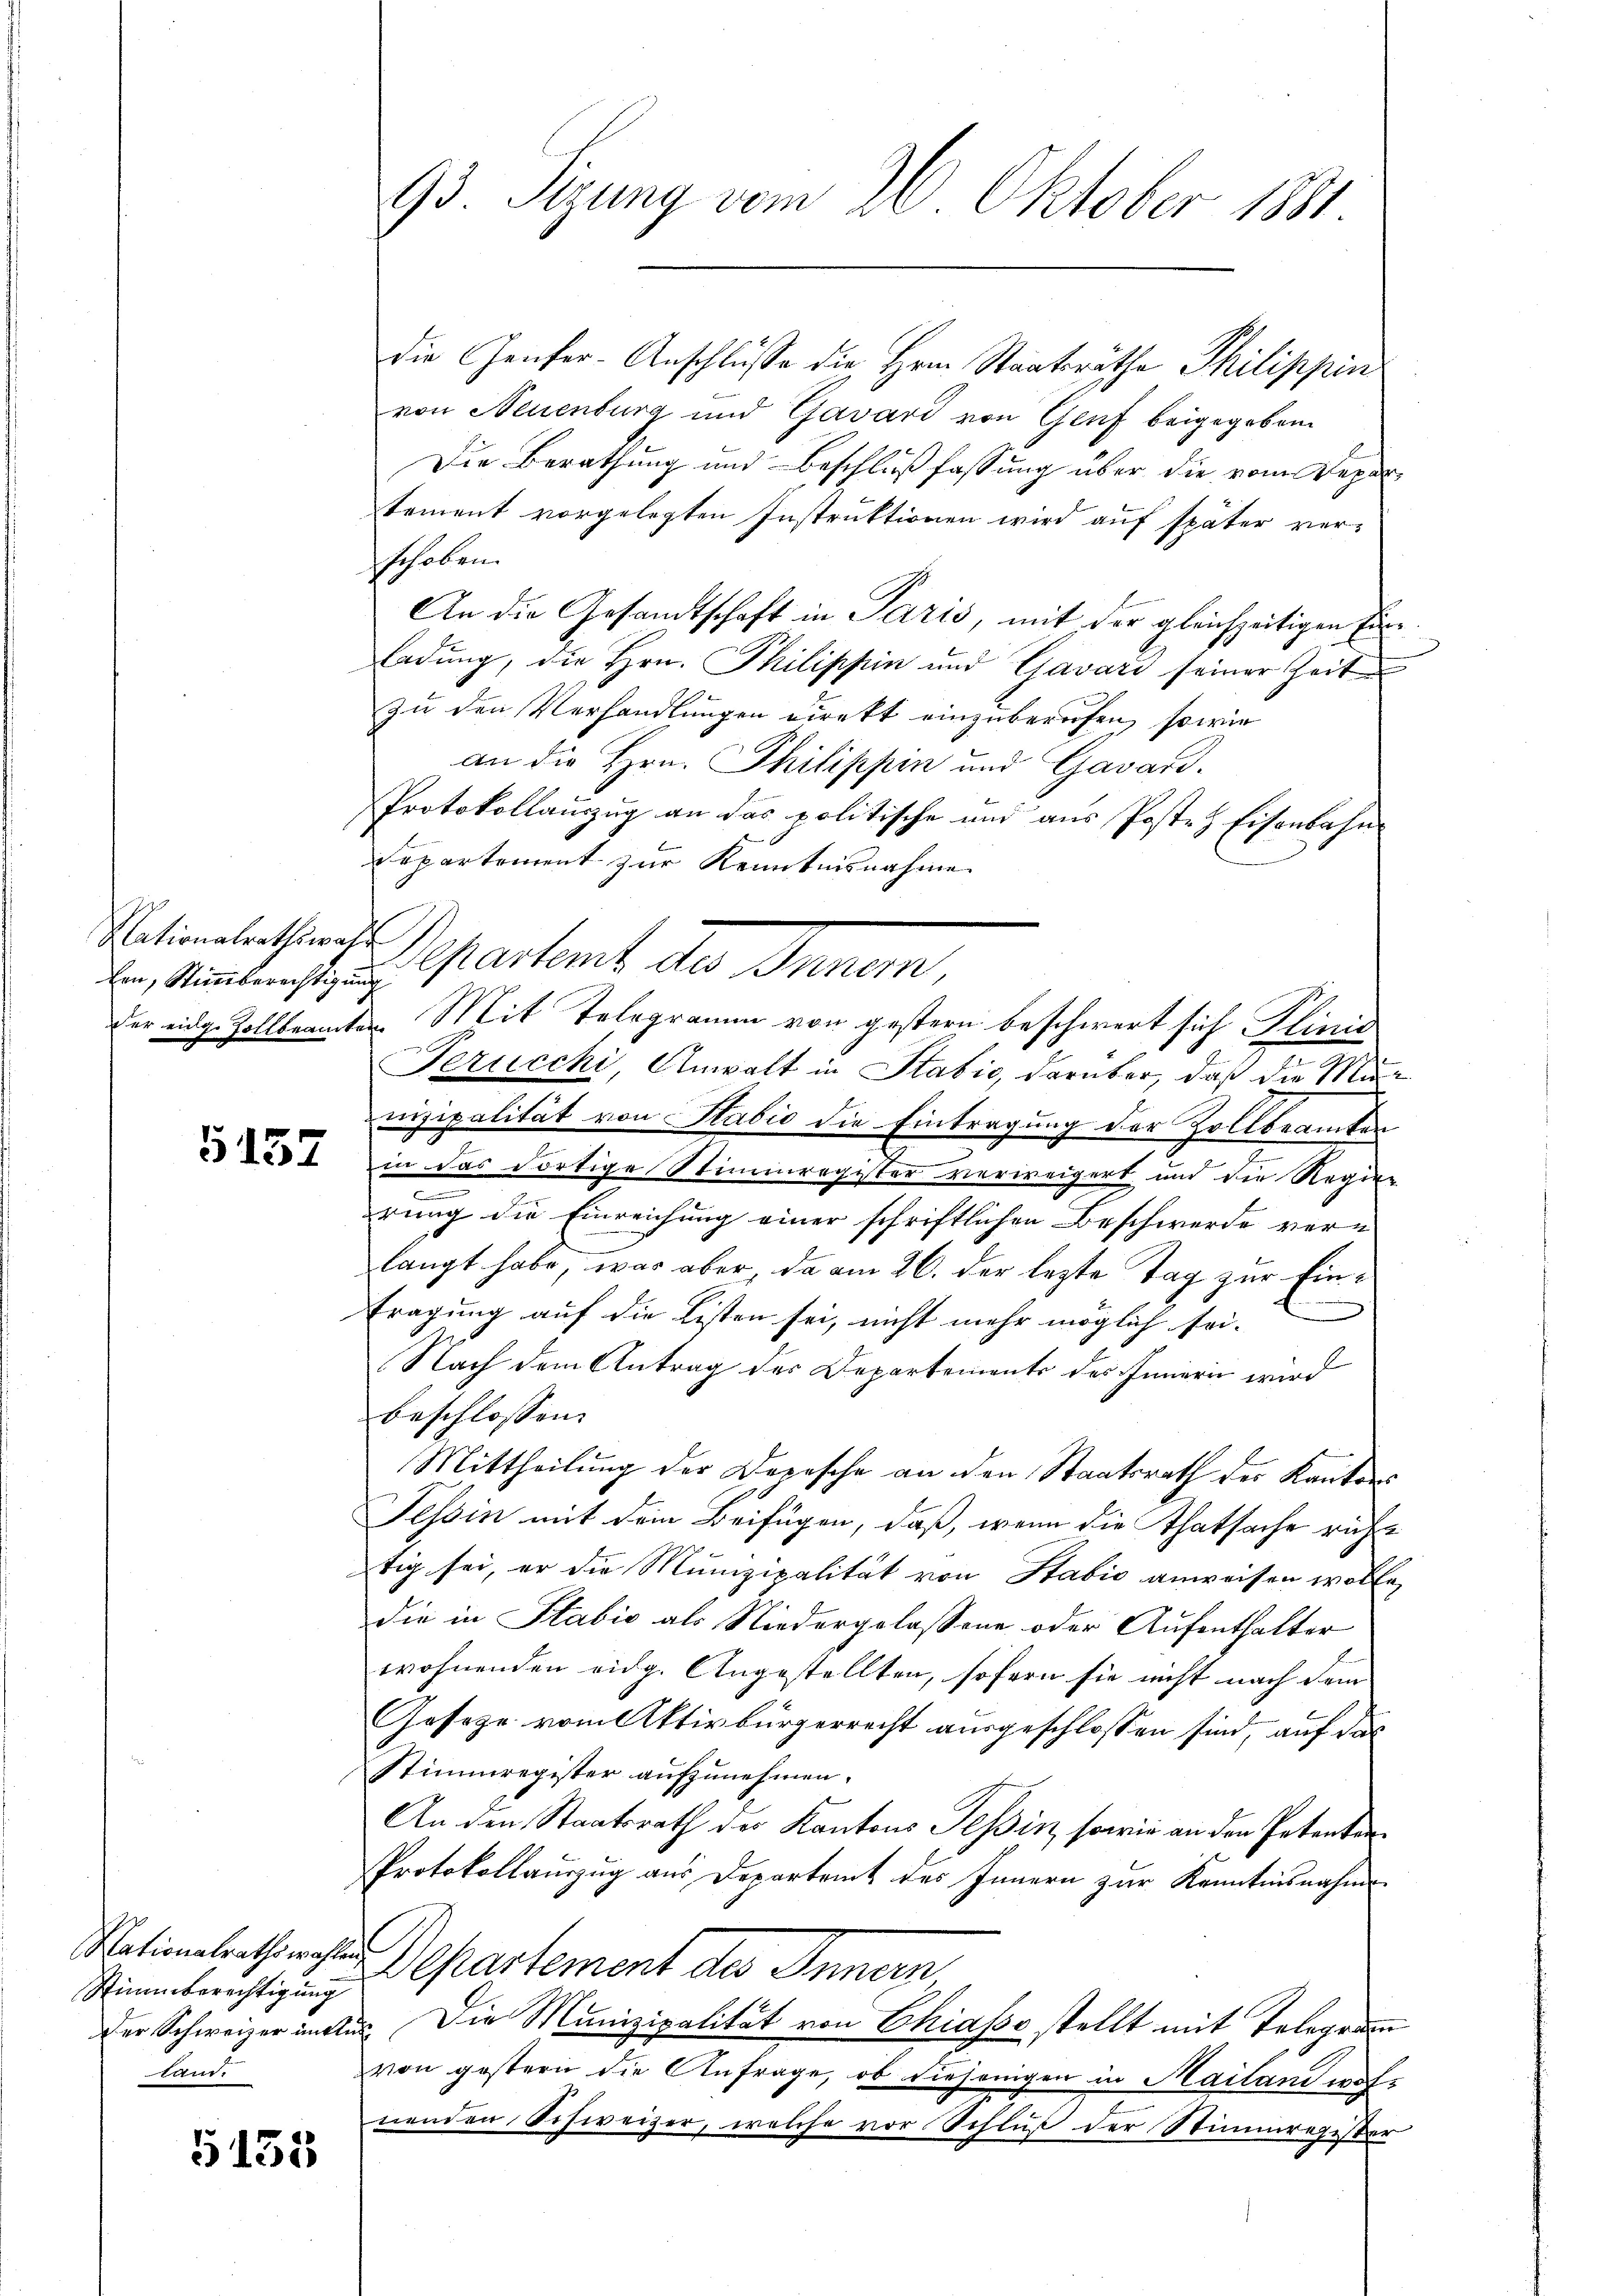
Nationalrathswahr

5157

Stimmberechtigung
land.

5153

die Genfer-Anschlüsse die Hrn. Staatsräthe Philippin
von Neuenburg und Zavard von Genf beigegeben
Die Berathung und Beschlußfassung über die vom Departement vorgelegten Instruktionen wird auf später verschoben.
An die Gesandtschaft in Paris, mit der gleichzeitigen Einladung, die Hrn. Philippin und Gavari seiner Zeit
zu den Verhandlungen direkt einzuberufen, sowie
an die Hrn. Philippin und Gavard-
Protokollauszug an das politische und aus Posten Eisenbahn
Departement zur Kenntnisnahme
e, Steinen sei, in Partemb. des Innen,
Perucchi, Anwalt in Stabić, darüber, daß die Munizipalität von Stabio die Eintragung der Zollbeamten
in das dortige Stimmregister verweigert und die Regie-
rung die Einreichung einer schriftlichen Beschwerde vern
langt habe, was aber, da am 26. der lezte Tag zur Einfragung auf die Listen sei, nicht mehr möglich sei-
Nach dem Antrag des Departements des Innern wird
beschlossen:
Mittheilung der Depesche an den Staatsrath der Kantons
Tessin mit dem Beifügen, daß, wenn die Thatsache ruhe
tig sei, er die Munizipalität von Stabić anweisen wolle,
die in Stabić als Niedergelassene oder Aufenthalter
wohnenden eidg. Angestellten, sofern sie nicht nach dem
Geseze vom Aktivbürgerrecht ausgeschlossen sind, auf das
Stimmregister aufzunehmen.
An den Staatsrath der Kantons Tessin, sowie an den Petenten
Protokollauszug aus Departamt des Innern zur Kenntnisnahme
Nationalrath nahen Departement des Innern
Der Schweizerinter. Die Munizipalität von Chiasso stellt mit Telegramm
von gestern die Anfrage, ob diejenigen in Mailand wohnenden Schweizer, welche vor Schluß der Stimmregister

93 Sizung vom 26. Oktober 1881.

der eidg. Zollbeamten Mit Telegramm von gestern beschwert sich Plinić